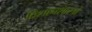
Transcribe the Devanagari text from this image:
विशानशास्त्रों